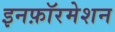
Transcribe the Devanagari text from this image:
इनफ़ॉरमेशन